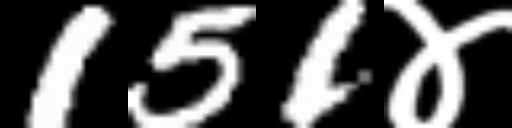
Text: 151४